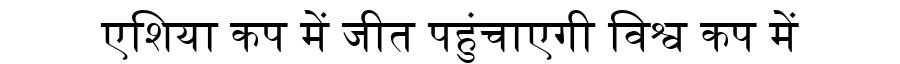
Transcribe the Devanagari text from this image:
एशिया कप में जीत पहुंचाएगी विश्व कप में